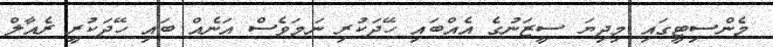
މެންސިޓީގައި މިދިޔަ ސީޒަނުގެ އެއްބައި ހޭދަކުރި ނަމަވެސް އަނެއް ބައި ހޭދަކުރީ ރެއާލް